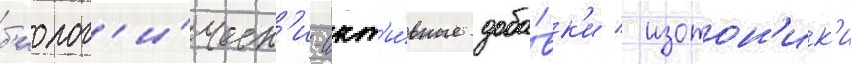
б'иолог'и́ческ'и-акт'и́вные доба́вк'и / изотон'ик'и